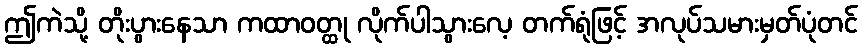
ဤကဲသို့ တိုးပွားနေသာ ကထာဝတ္ထု လိုက်ပါသွားလေ့ တက်ရုံဖြင့် အလုပ်သမားမှတ်ပုံတင်